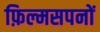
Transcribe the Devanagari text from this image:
फ़िल्मसपनों